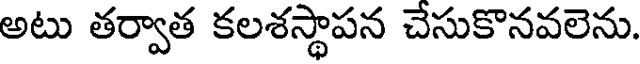
అటు తర్వాత కలశస్థాపన చేసుకొనవలెను.